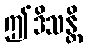
ဤဒိသန္တိ